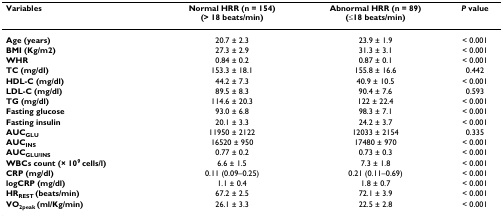
<table><thead><tr><td><b>Variables</b></td><td><b>Normal HRR (n = 154)(&gt; 18 beats/min)</b></td><td><b>Abnormal HRR (n = 89)(≤18 beats/min)</b></td><td><b><i>P </i>value</b></td></tr></thead><tbody><tr><td><b>Age (years)</b></td><td>20.7 ± 2.3</td><td>23.9 ± 1.9</td><td>&lt; 0.001</td></tr><tr><td><b>BMI (Kg/m2)</b></td><td>27.3 ± 2.9</td><td>31.3 ± 3.1</td><td>&lt; 0.001</td></tr><tr><td><b>WHR</b></td><td>0.84 ± 0.2</td><td>0.87 ± 0.1</td><td>&lt; 0.001</td></tr><tr><td><b>TC (mg/dl)</b></td><td>153.3 ± 18.1</td><td>155.8 ± 16.6</td><td>0.442</td></tr><tr><td><b>HDL-C (mg/dl)</b></td><td>44.2 ± 7.3</td><td>40.9 ± 10.5</td><td>&lt; 0.001</td></tr><tr><td><b>LDL-C (mg/dl)</b></td><td>89.5 ± 8.3</td><td>90.4 ± 7.6</td><td>0.593</td></tr><tr><td><b>TG (mg/dl)</b></td><td>114.6 ± 20.3</td><td>122 ± 22.4</td><td>&lt; 0.001</td></tr><tr><td><b>Fasting glucose</b></td><td>93.0 ± 6.8</td><td>98.3 ± 7.1</td><td>&lt; 0.001</td></tr><tr><td><b>Fasting insulin</b></td><td>20.1 ± 3.3</td><td>24.2 ± 3.7</td><td>&lt; 0.001</td></tr><tr><td><b>AUC<sub>GLU</sub></b></td><td>11950 ± 2122</td><td>12033 ± 2154</td><td>0.335</td></tr><tr><td><b>AUC<sub>INS</sub></b></td><td>16520 ± 950</td><td>17480 ± 970</td><td>&lt; 0.001</td></tr><tr><td><b>AUC<sub>GLU/INS</sub></b></td><td>0.77 ± 0.2</td><td>0.73 ± 0.3</td><td>&lt; 0.001</td></tr><tr><td><b>WBCs count (× 10<sup>9 </sup>cells/l)</b></td><td>6.6 ± 1.5</td><td>7.3 ± 1.8</td><td>&lt; 0.001</td></tr><tr><td><b>CRP (mg/dl)</b></td><td>0.11 (0.09–0.25)</td><td>0.21 (0.11–0.69)</td><td>&lt; 0.001</td></tr><tr><td><b>logCRP (mg/dl)</b></td><td>1.1 ± 0.4</td><td>1.8 ± 0.7</td><td>&lt; 0.001</td></tr><tr><td><b>HR<sub>REST </sub>(beats/min)</b></td><td>67.2 ± 2.5</td><td>72.1 ± 3.9</td><td>&lt; 0.001</td></tr><tr><td><b>VO<sub>2peak </sub>(ml/Kg/min)</b></td><td>26.1 ± 3.3</td><td>22.5 ± 2.8</td><td>&lt; 0.001</td></tr></tbody></table>